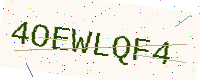
Text: 4OEWLQF4